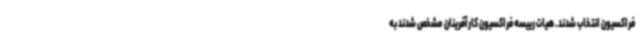
فراکسیون انتخاب شدند. هیات رییسه فراکسیون کارآفرینان مشخص شدند به